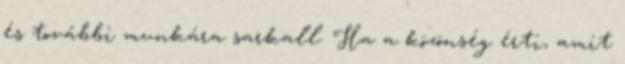
és további munkára sarkall. Ha a közönség érti, amit